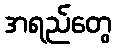
အရည်တွေ